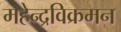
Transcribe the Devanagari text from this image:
महेन्द्रविक्रमन